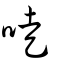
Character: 唗